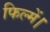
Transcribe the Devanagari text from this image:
फिल्में।